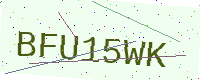
Text: BFU15WK